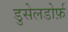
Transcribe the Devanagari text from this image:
डुसेलडोर्फ़